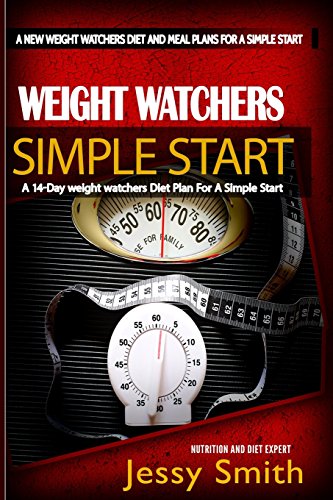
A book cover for Weight Watchers Simple Start: A 14-Day weight watchers Diet Plan For a Simple Start - A Diet Plan Plus Easy-To-Make Delicious Recipes To Achieve your weight loss Goals (Volume 1); Jessy Smith; Cookbooks, Food & Wine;